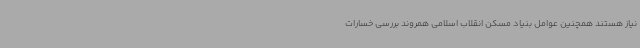
نیاز هستند همچنین عوامل بنیاد مسکن انقلاب اسلامی همروند بررسی خسارات